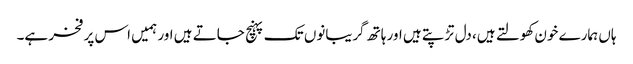
ہاں ہمارے خون کھولتے ہیں، دل تڑپتے ہیں اور ہاتھ گریبانوں تک پہنچ جاتے ہیں اور ہمیں اس پر فخر ہے۔